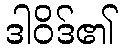
ဒါဝိဒ်၏